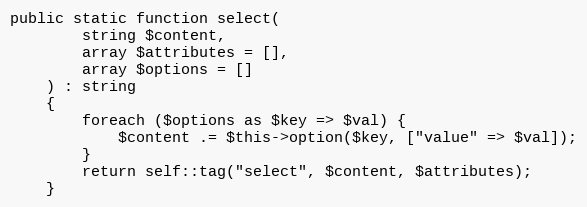
Language: PHP
public static function select(
        string $content,
        array $attributes = [],
        array $options = []
    ) : string
    {
        foreach ($options as $key => $val) {
            $content .= $this->option($key, ["value" => $val]);
        }
        return self::tag("select", $content, $attributes);
    }